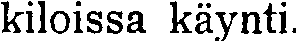
kiloissa käynti.